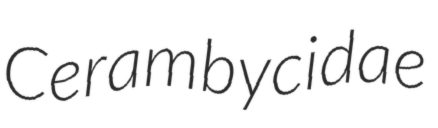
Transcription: Cerambycidae